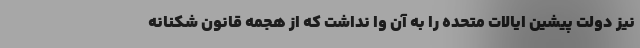
نیز دولت پیشین ایالات متحده را به آن وا نداشت که از هجمه قانون شکنانه